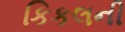
કિકલની